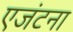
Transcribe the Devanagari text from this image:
एजंटना